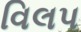
વિલપ